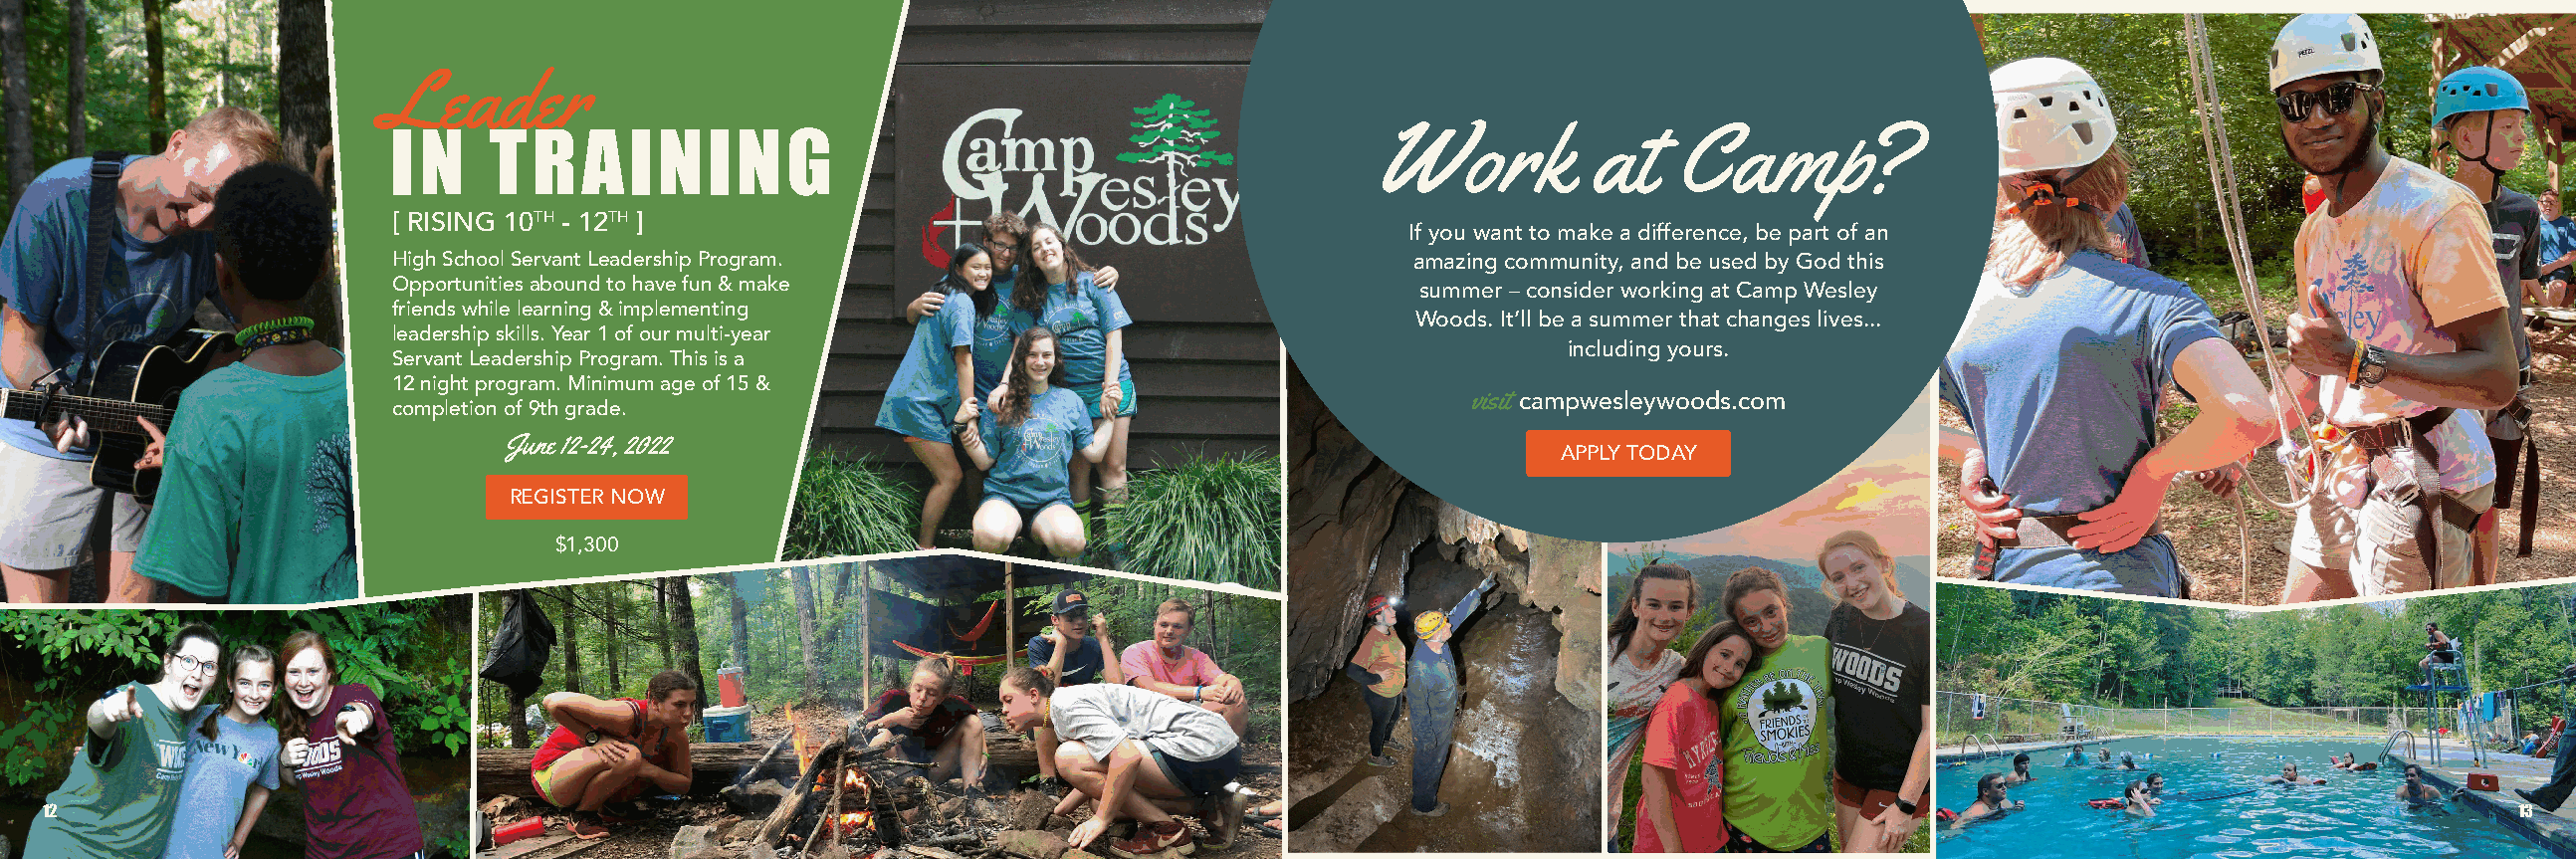
Leader
 Work           at   Camp?
 IN     TRAINING
 [ RISING 10TH - 12TH ]
 If you want to make a difference, be part of an
 High School Servant Leadership Program.                             amazing community, and be used by God this
 Opportunities abound to have fun & make                             summer – consider working at Camp Wesley
 friends while learning & implementing
 Woods. It’ll be a summer that changes lives...
 leadership skills. Year 1 of our multi-year
 including yours.
 Servant Leadership Program. This is a
 12 night program. Minimum age of 15 &
 visit campwesleywoods.com
 completion of 9th grade.
 June 12-24, 2022
 APPLY TODAY
 REGISTER NOW
 $1,300
 12                                                                                                                                                                  13